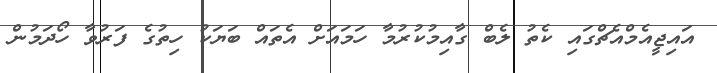
އައިޖީއެމްއެޗްގައި ކެތު ލެބް ގާއިމުކުރުމާ ހަމައަށް އެތައް ބަޔަކު ހިތުގެ ފަރުވާ ހޯދަމުން